Annual administration report of the Civil Veterinary Department of India - 1895-1896
Year: 1895
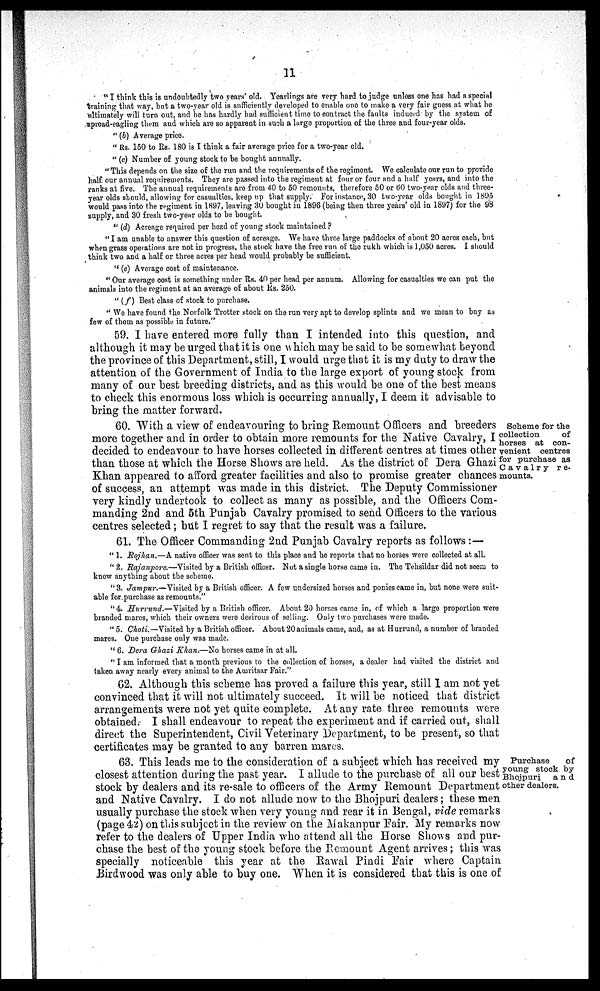
11
"I think this is undoubtedly two years' old. Yearlings are very hard to judge unloss one has had a special
training that way, but a two-year old is sufficiently developed to enable one to make a very fair guess at what he
ultimately will turn out, and he has hardly had sufficient time to contract the faults induced by the system of
spread-eagling them and which are so apparent in such a large proportion of the three and four-year olds.
"(b) Average price.
"Rs. 150 to Rs. 180 is I think a fair average price for a two-year old.
"(c) Number of young stock to be bought annually.
"This depends on the size of the run and the requirements of the regiment. We calculate our run to provide
half our annual requirements. They are passed into the regiment at four or four and a half years, and into the
ranks at five. The annual requirements are from 40 to 50 remounts, therefore 50 or 60 two-year olds and three-
year olds should, allowing for casualties, keep up that supply. For instance, 30 two-year olds bought in 1895
would pass into the regiment in 1897, leaving 30 bought in 1896 (being then three years' old in 1897) for the 98
supply, and 30 fresh two-year olds to be bought.
"(d) Acreage required per head of young stock maintained?
"I am unable to answer this question of acreago. We have three large paddocks of about 20 acres each, but
when grass operations are not in progress, the stock have the free run of the rukh which is 1,050 acres. I should
think two and a half or three acres per head would probably be sufficient.
"(e) Average cost of maintenance.
"Our average cost is something under Rs. 40 per head per annum. Allowing for casualties we can put the
animals into the regiment at an average of about Rs. 250.
"(f) Best class of stock to purchase.
"We have found the Norfolk Trotter stock on the run very apt to develop splints and we mean to buy as
few of thom as possible in future."
59. I have entered more fully than I intended into this question, and
although it may be urged that it is one which may be said to be somewhat beyond
the province of this Department, still, I would urge that it is my duty to draw the
attention of the Government of India to the large export of young stock from
many of our best breeding districts, and as this would be one of the best means
to check this enormous loss which is occurring annually, I deem it advisable to
bring the matter forward.
Scheme for the
collection
of
horses at con-
venient centres
for purchase as
Cavalry re-
mounts.
60. With a view of endeavouring to bring Remount Officers and breeders
more together and in order to obtain more remounts for the Native Cavalry, I
decided to endeavour to have horses collected in different centres at times other
than those at which the Horse Shows are held. As the district of Dera Ghazi
Khan appeared to afford greater facilities and also to promise greater chances
of success, an attempt was made in this district. The Deputy Commissioner
very kindly undertook to collect as many as possible, and the Officers Com-
manding 2nd and 5th Punjab Cavalry promised to send Officers to the various
centres selected; but I regret to say that the result was a failure.
61. The Officer Commanding 2nd Punjab Cavalry reports as follows:—
"1. Rojhan.—A native officer was sent to this place and he reports that no horses were collected at all.
"2. Rajanpore.—Visited by a British officer. Not a single horse came in. The Tehsildar did not seem to
know anything about the scheme.
"3. Jampur.—Visited by a British officer. A few undersized horses and ponies came in, but none were suit-
able for purchase as remounts."
"4. Hurrund.—Visited by a British officer. About 20 horses came in, of which a large proportion were
branded mares, which their owners were desirous of selling. Only two purchases were made.
"5. Choti.—Visited by a British officer. About 20 animals came, and, as at Hurrund, a number of branded
mares. One purchase only was made.
"6. Dera Ghazi Khan.—No horses came in at all.
"I am informed that a month previous to the collection of horses, a dealer had visited the district and
taken away nearly every animal to the Amritsar Fair."
62. Although this scheme has proved a failure this year, still I am not yet
convinced that it will not ultimately succeed. It will be noticed that district
arrangements were not yet quite complete. At any rate three remounts were
obtained. I shall endeavour to repeat the experiment and if carried out, shall
direct the Superintendent, Civil Veterinary Department, to be present, so that
certificates may be granted to any barren mares.
Purchase
of
young stock by
Bhojpuri
and
other dealers.
63. This leads me to the consideration of a subject which has received my
closest attention during the past year. I allude to the purchase of all our best
stock by dealers and its re-sale to officers of the Army Remount Department
and Native Cavalry. I do not allude now to the Bhojpuri dealers; these men
usually purchase the stock when very young and rear it in Bengal, vide remarks
(page 42) on this subject in the review on the Makanpur Fair. My remarks now
refer to the dealers of Upper India who attend all the Horse Shows and pur-
chase the best of the young stock before the Remount Agent arrives; this was
specially noticeable this year at the Rawal Pindi Fair where Captain
Birdwood was only able to buy one. When it is considered that this is one of